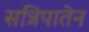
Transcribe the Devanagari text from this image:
सन्निपातेन